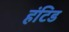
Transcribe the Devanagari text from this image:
हंटिड